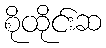
စိုထိုင်းဆ